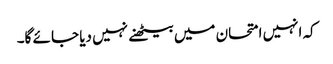
کہ انہیں امتحان میں بیٹھنے نہیں دیا جا ئے گا۔